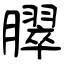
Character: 臎